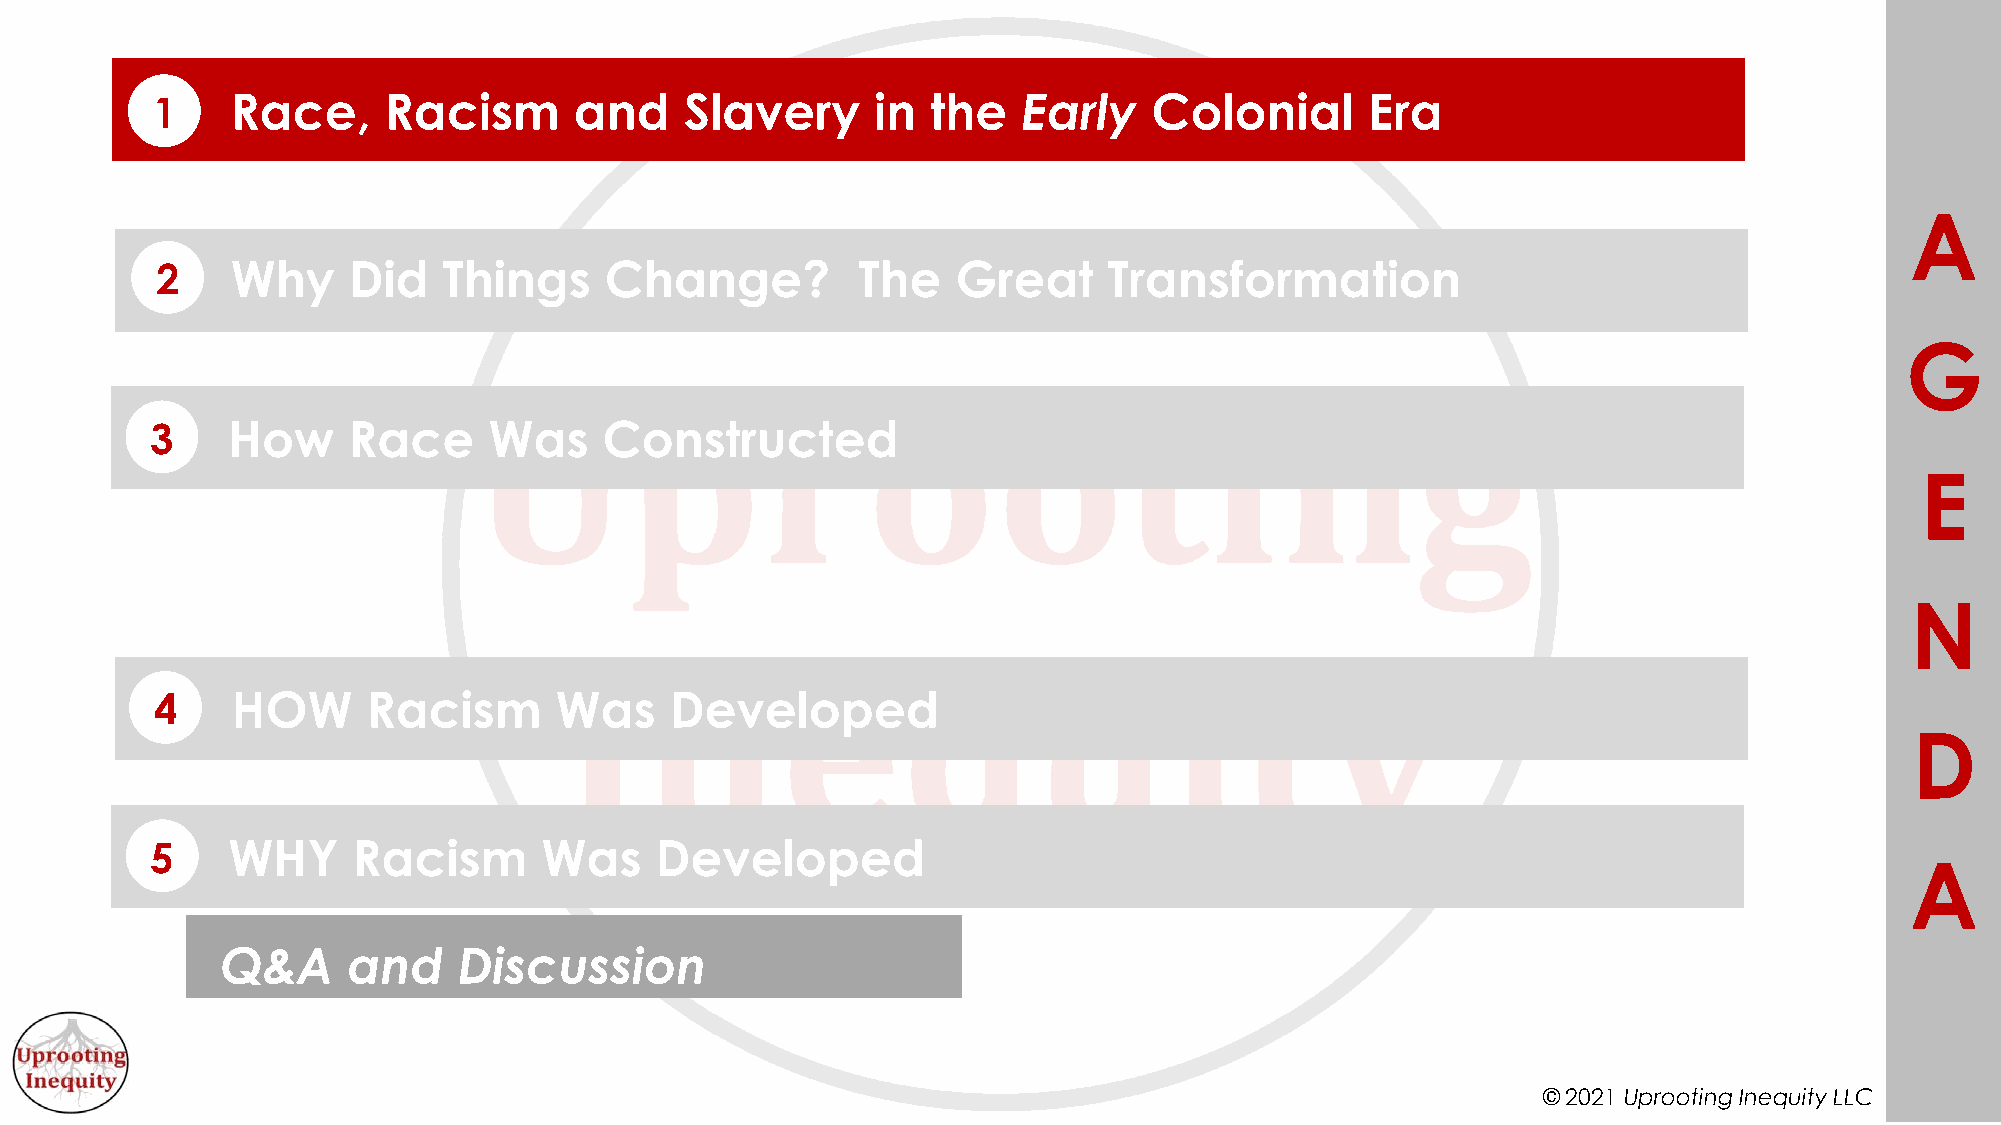
1    Race,     Racism       and    Slavery      in  the   Early   Colonial       Era
 A
 2    Why     Did   Things     Change?          The   Great     Transformation
 G
 3    How     Race     Was     Constructed
 E
 N
 4    HOW      Racism       Was    Developed
 D
 5    WHY     Racism       Was    Developed
 A
 Q&A     and    Discussion
 © 2021 Uprooting Inequity LLC